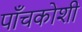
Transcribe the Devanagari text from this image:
पाँचकोशी